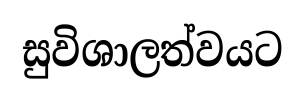
සුවිශාලත්වයට